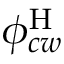
\phi _ { c w } ^ { \mathrm { H } }